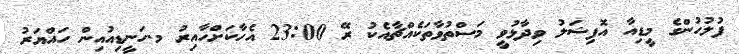
ފުލުހުންގެ މީޑިއާ އޮފިޝަލު ވިދާޅުވީ މަސްތުވާތަކެއްޗާއެކު ރޭ 23:00 އެހާކަށްހާއިރު މ.ހަނީޑިއުއިން ހައްޔަރު